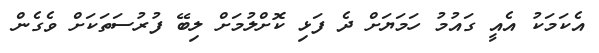
އެކަމަކު އެއީ ގައުމު ހަމަޔަށް ދެ ފަޅި ކޮށްލުމަށް ލިބޭ ފުރުސަތަކަށް ވެގެން